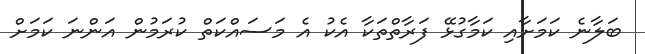
ބަލާނެ ކަމަށާއި ކަމާގުޅޭ ފަރާތްތަކާ އެކު އެ މަސައްކަތް ކުރަމުން އަންނަ ކަަމަށް